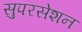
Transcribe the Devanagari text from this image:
सुपरसेशन